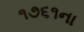
૧૭૬૧ના